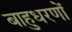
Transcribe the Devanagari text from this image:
बाहुधरणों